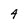
Character: 4